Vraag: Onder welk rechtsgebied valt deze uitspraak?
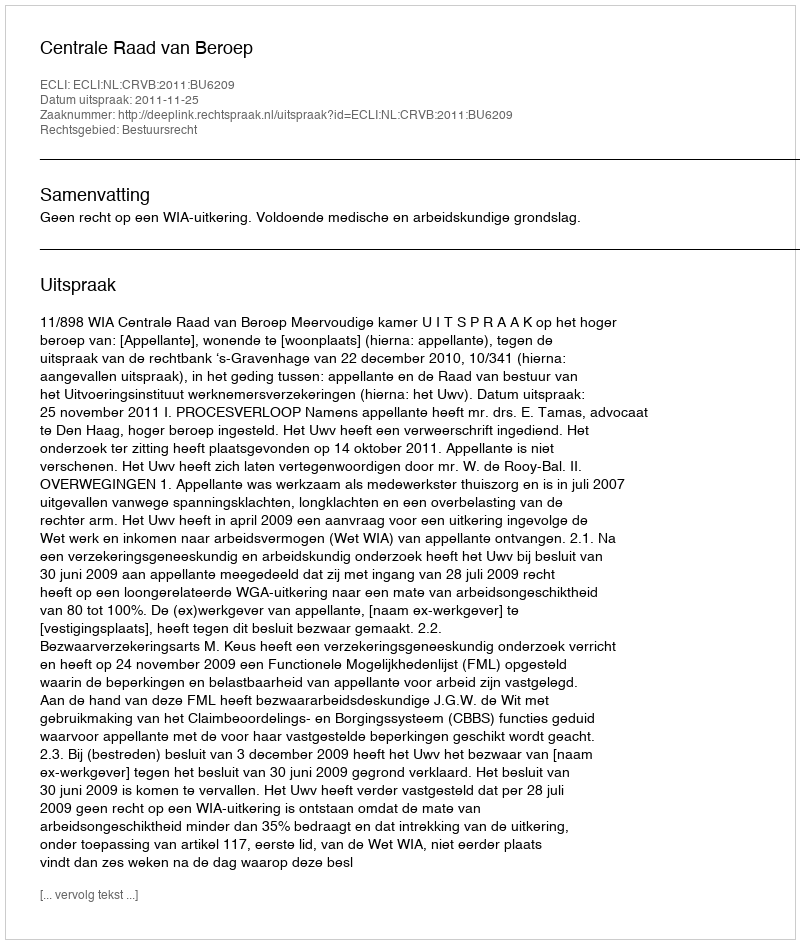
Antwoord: Bestuursrecht